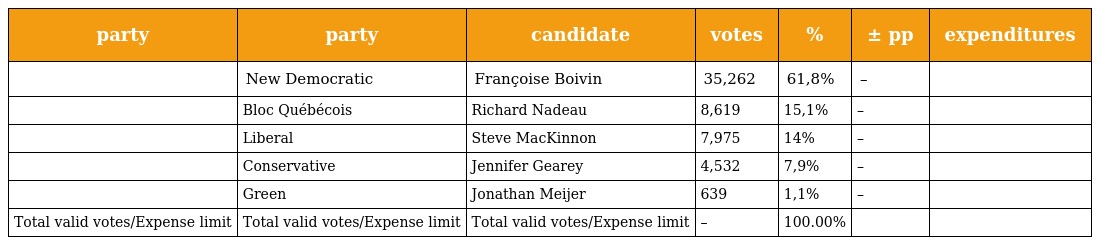
| party | party | candidate | votes | % | ± pp | expenditures |
 | --- | --- | --- | --- | --- | --- | --- |
 |  | New Democratic | Françoise Boivin | 35,262 | 61,8% | – |  |
 |  | Bloc Québécois | Richard Nadeau | 8,619 | 15,1% | – |  |
 |  | Liberal | Steve MacKinnon | 7,975 | 14% | – |  |
 |  | Conservative | Jennifer Gearey | 4,532 | 7,9% | – |  |
 |  | Green | Jonathan Meijer | 639 | 1,1% | – |  |
 | Total valid votes/Expense limit | Total valid votes/Expense limit | Total valid votes/Expense limit | – | 100.00% |  |  |